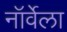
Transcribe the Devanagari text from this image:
नॉर्वेला